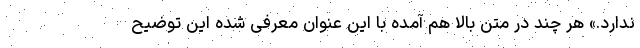
ندارد.» هر چند در متن بالا هم آمده با این عنوان معرفی شده این توضیح